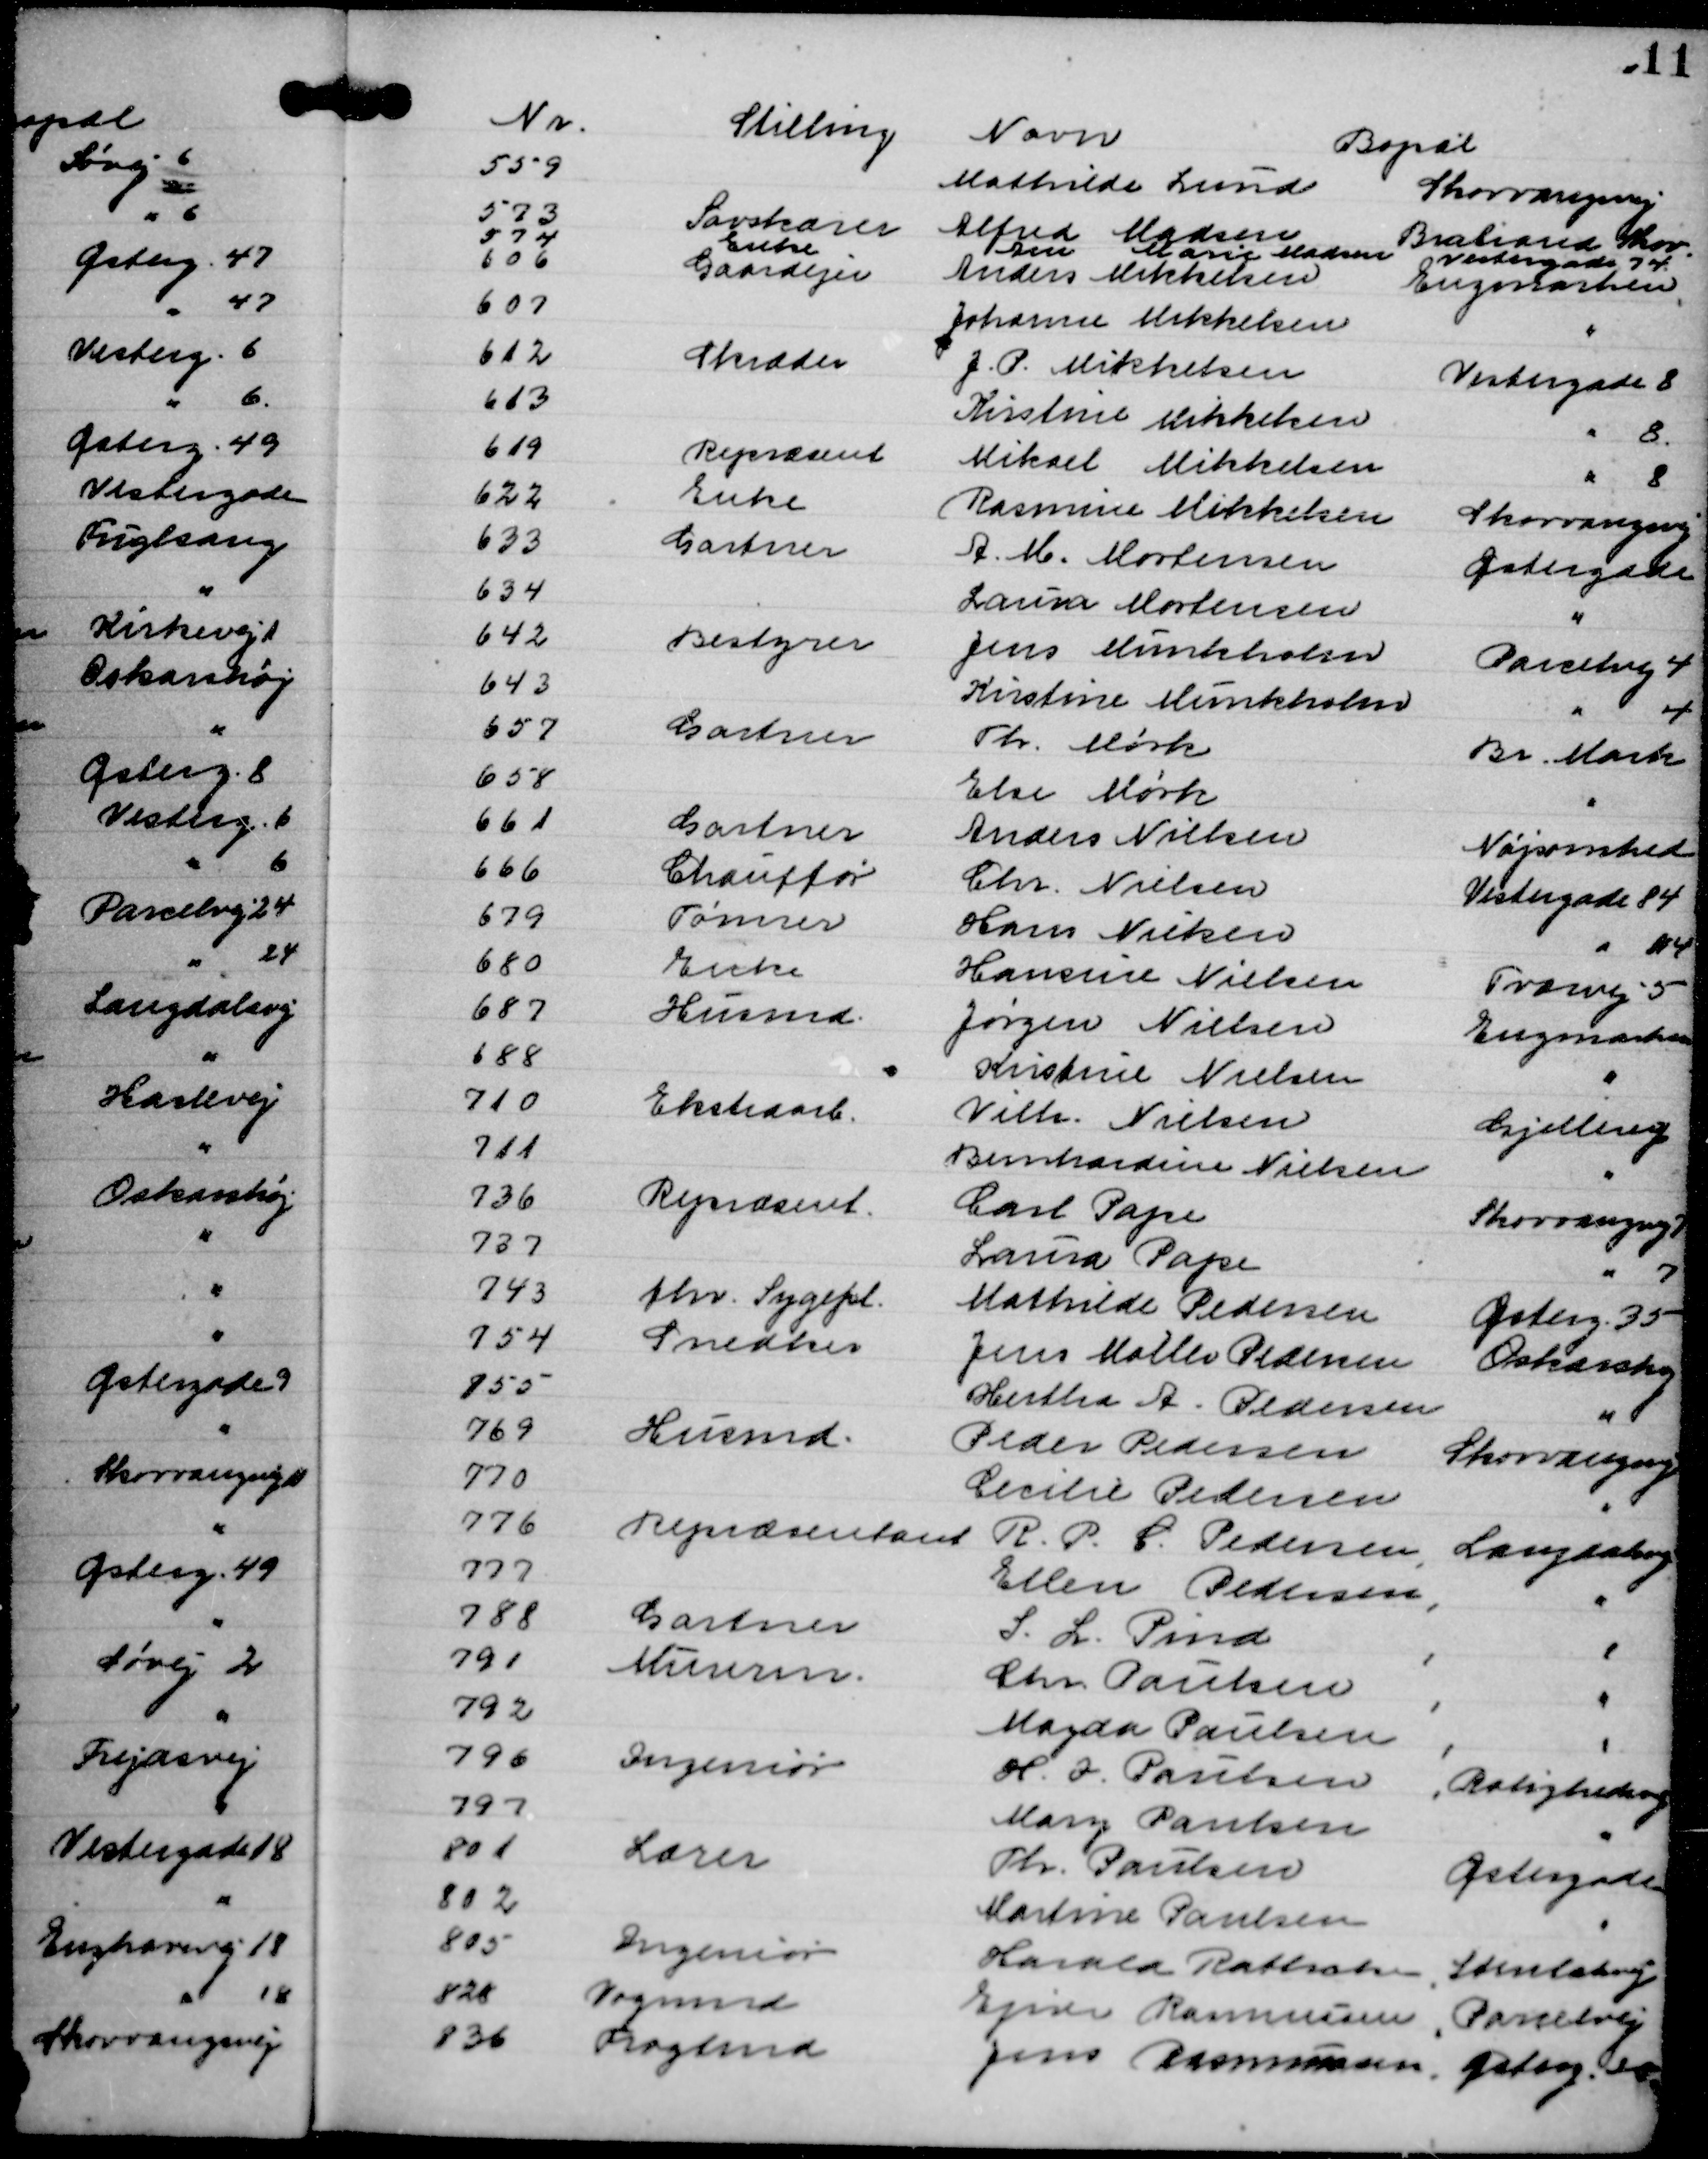
Transskription:
Nr.
Stilling
Navn
Bopæl
559
Mathilde Lund
Skovvangsvej
573
Savskærer
Alfred Madsen
Brabrand Skov.
574
Enke
Ane Marie Madsen
Vestergade 74.
606
Gaardejer
Anders Mikkelsen
Engmarken,
607
Johanne Mikkelsen
"
612
Skræder
J. P. Mikkelsen
Vestergade 8
613
Kirstine Mikkelsen
" 8.
619
Repræsent
Mikael Mikkelsen
" 8
622
Enke
Rasmine Mikkelsen
Skovvangsvej
633
Gartner
A. M. Mortensen
Østergade
634
Laura Mortensen
"
642
Bestyrer
Jens Munkholm
Parcelvej 4
643
Kirstine Munkholm
" 4
657
Gartner
Th. Mørk
Br. Mark
658
Else Mørk
"
661
Gartner
Anders Nielsen
Nøjsomhed
666
Chauffør
Chr. Nielsen
Vestergade 84
679
Tømrer
Hans Nielsen
" 84
680
Enke
Hansine Nielsen
Tværvej 5
687
Husmd.
Jørgen Nielsen
Engmarken
688
Kristine Nielsen
"
710
Ekstraarb.
Vilh. Nielsen
Gjellerup
711
Bernhardine Nielsen
"
736
Repræsent.
Carl Pape
Skovvangsvej 7
737
Laura Pape
" 7
743
fhv. Sygepl.
Mathilde Pedersen
Østerg. 35
754
Snedker 
Jens Møller Pedersen
Oskarshøj
755
Hertha A. Pedersen
"
769
Husmd.
Peder Pedersen
Skovvangsvej
770
Cecilie Pedersen
"
776
Repræsentant
R. P. C. Pedersen,
Langdalsvej
777
Ellen Pedersen,
"
788
Gartner
S. L. Pind
,
"
791
Murerm.
Chr. Paulsen
,
"
792
Magda Paulsen ,
"
796
Ingeniør
H. I. Paulsen
Rolighedsvej
797
Mary Paulsen
"
801
Lærer
Th. Paulsen
Østergade
802
Martine Paulsen
"
805
Ingeniør
Harald Rattratsen,
Stenbækvej
828
Vognmd
Ejner Rasmussen,
Parcelvej
836
Fragtmd
Jens Rasmussen,
Østerg. 16